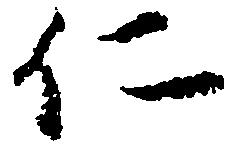
仁